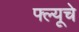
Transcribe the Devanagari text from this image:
फ्ल्यूचे